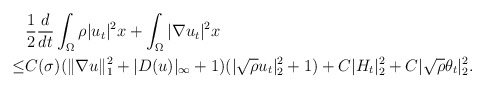
\begin{align*}&\frac{1}{2}\frac{d}{dt}\int_{\Omega}\rho |u_t|^2 x+\int_{\Omega}|\nabla u_t|^2x\\\leq & C(\sigma)(\|\nabla u\|^2_1+|D(u)|_\infty+1)(|\sqrt{\rho}u_t|^2_{2}+1)+C|H_t|^2_2+C|\sqrt{\rho}\theta_t|^2_2.\end{align*}